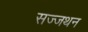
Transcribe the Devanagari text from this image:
सज्जथन